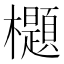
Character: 𣠢